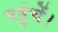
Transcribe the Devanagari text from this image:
पहुंचें।